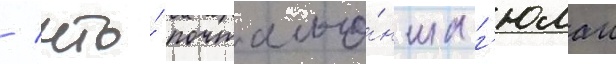
/ что́ почтальо́нша г'юлаи